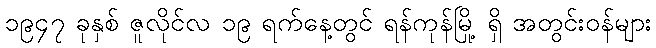
၁၉၄၇ ခုနှစ် ဇူလိုင်လ ၁၉ ရက်နေ့တွင် ရန်ကုန်မြို့ ရှိ အတွင်းဝန်များ